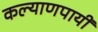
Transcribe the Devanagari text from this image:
कल्याणपायीं